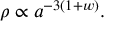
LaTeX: \rho \propto a ^ { - 3 ( 1 + w ) } .